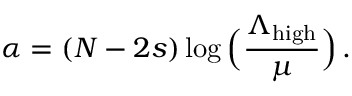
\alpha = ( N - 2 s ) \log \Big ( \frac { \Lambda _ { \mathrm { h i g h } } } { \mu } \Big ) \, .